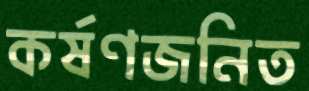
কর্ষণজনিত